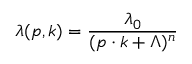
\lambda ( p , k ) = { \frac { \lambda _ { 0 } } { ( p \cdot k + \Lambda ) ^ { n } } }